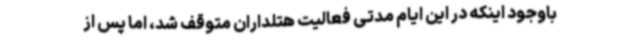
باوجود اینکه در این ایام مدتی فعالیت هتلداران متوقف شد، اما پس از